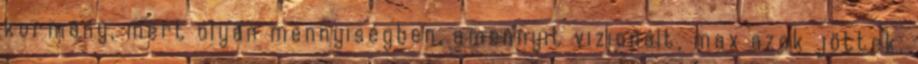
kormány, mert olyan mennyiségben, amennyit vizionált, max azok jöttek,